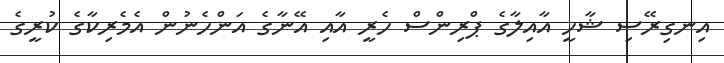
އިނގިރޭސި ޝާހީ އާއިލާގެ ޕްރިންސް ހެރީ އާއި އޭނާގެ އަންހެނުން އެމެރިކާގެ ކުރީގެ